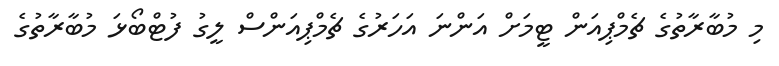
މި މުބާރާތުގެ ޗެމްޕިއަން ޓީމަށް އަންނަ އަހަރުގެ ޗެމްޕިއަންސް ލީގު ފުޓްބޯޅަ މުބާރާތުގެ